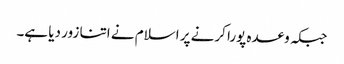
جبکہ وعدہ پورا کرنے پر اسلام نے اتنا زور دیا ہے۔